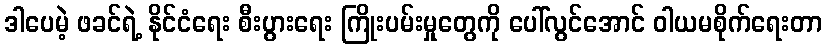
ဒါပေမဲ့ ဖခင်ရဲ့ နိုင်ငံရေး စီးပွားရေး ကြိုးပမ်းမှုတွေကို ပေါ်လွင်အောင် ဝါယမစိုက်ရေးတာ